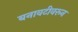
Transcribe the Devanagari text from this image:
बनावटीवरून